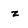
Character: z